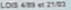
LOIS 4/93 et